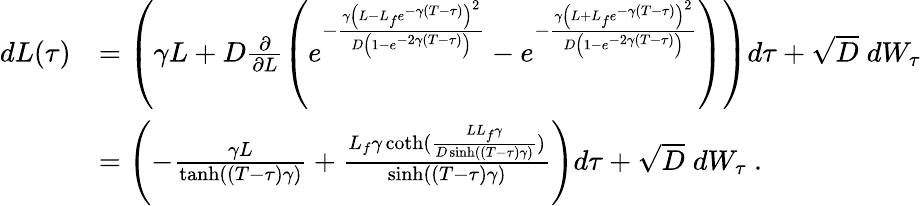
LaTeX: \begin{array}{rl}{dL(\tau)}&{=\left(\gamma L+D\frac{\partial}{\partial L}\left(e^{-\frac{\gamma\left(L-L_{f}e^{-\gamma(T-\tau)}\right)^{2}}{D\left(1-e^{-2\gamma(T-\tau)}\right)}}-e^{-\frac{\gamma\left(L+L_{f}e^{-\gamma(T-\tau)}\right)^{2}}{D\left(1-e^{-2\gamma(T-\tau)}\right)}}\right)\right)d\tau+\sqrt{D}\; dW_{\tau}}\\ &{=\left(-\frac{\gamma L}{\operatorname{tanh}((T-\tau)\gamma)}+\frac{L_{f}\gamma\coth(\frac{LL_{f}\gamma}{D\sinh((T-\tau)\gamma)})}{\sinh((T-\tau)\gamma)}\right)d\tau+\sqrt{D}\; dW_{\tau}\ .}\end{array}